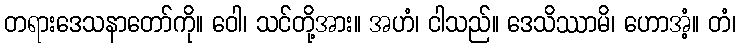
တရားဒေသနာတော်ကို။ ဝေါ၊ သင်တို့အား။ အဟံ၊ ငါသည်။ ဒေသိဿာမိ၊ ဟောအံ့။ တံ၊